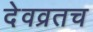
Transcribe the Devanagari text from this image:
देवव्रतच